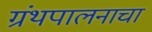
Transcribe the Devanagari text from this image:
ग्रंथपालनाचा